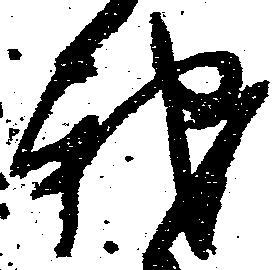
我